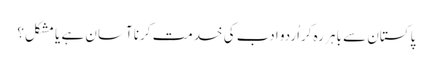
پاکستان سے باہر رہ کراُردو ادب کی خدمت کرنا آسان ہے یا مشکل؟